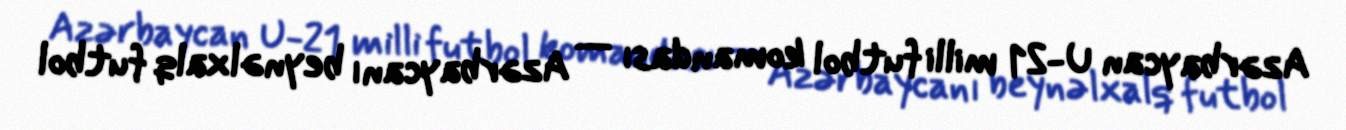
Azərbaycan U-21 milli futbol komandası — Azərbaycanı beynəlxalq futbol